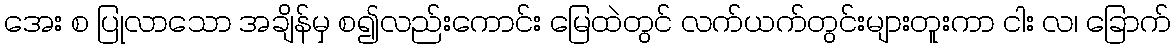
အေး စ ပြုလာသော အချိန်မှ စ၍လည်းကောင်း မြေထဲတွင် လက်ယက်တွင်းများတူးကာ ငါး လ၊ ခြောက်